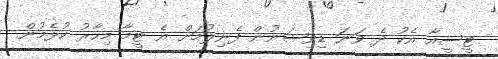
ޓީސީއާ އެކު ދެ ވަނަ ޑިވިޝަނުން ފެނިލުމަށް އެ ޓީމާ މިހާރު ކުޅެމުން